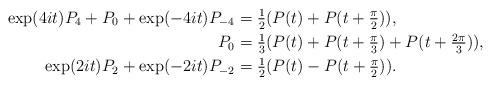
LaTeX: \begin{align*}\exp(4it)P_4+P_0+\exp(-4it)P_{-4}&=\tfrac{1}{2}(P(t)+P(t+\tfrac{\pi}{2})),\\P_0&=\tfrac{1}{3}(P(t)+P(t+\tfrac{\pi}{3})+P(t+\tfrac{2\pi}{3})),\\\exp(2it)P_2+\exp(-2it)P_{-2}&=\tfrac{1}{2}(P(t)-P(t+\tfrac{\pi}{2})).\end{align*}